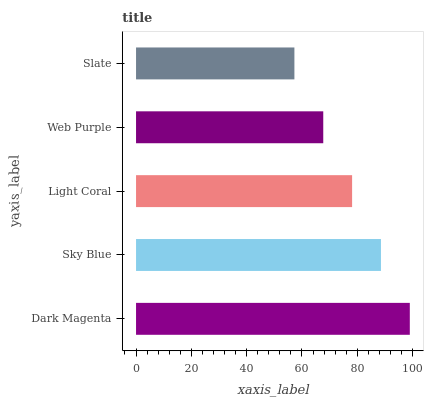
| yaxis_label | bars |
 | --- | --- |
 | Dark Magenta | 99 |
 | Sky Blue | 88.6 |
 | Light Coral | 78.1 |
 | Web Purple | 67.7 |
 | Slate | 57.3 |